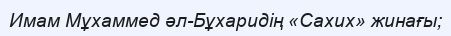
Имам Мұхаммед әл-Бұхаридің «Сахих» жинағы;